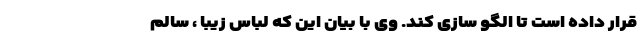
قرار داده است تا الگو سازی کند. وی با بیان این که لباس زیبا ، سالم